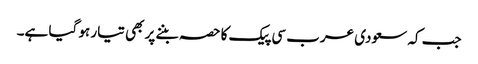
جب کہ سعودی عرب سی پیک کا حصہ بننے پر بھی تیار ہو گیا ہے۔